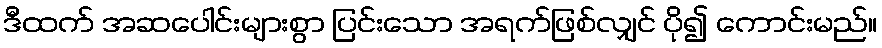
ဒီထက် အဆပေါင်းများစွာ ပြင်းသော အရက်ဖြစ်လျှင် ပို၍ ကောင်းမည်။